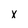
Character: x